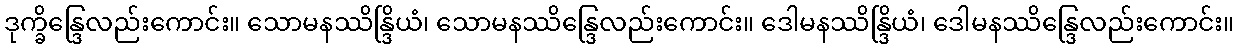
ဒုက္ခိန္ဒြေလည်းကောင်း။ သောမနဿိန္ဒြိယံ၊ သောမနဿိန္ဒြေလည်းကောင်း။ ဒေါမနဿိန္ဒြိယံ၊ ဒေါမနဿိန္ဒြေလည်းကောင်း။